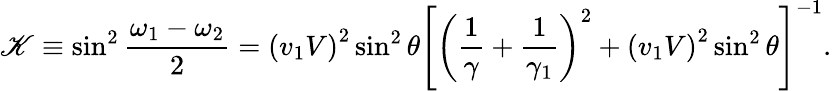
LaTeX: \mathscr{K}\equiv\sin^{2}\frac{{\omega_{1}-\omega_{2}}}{{2}}=\left(v_{1}V\right)^{2}\sin^{2}\theta\left[\left(\frac{{1}}{{\gamma}}+\frac{{1}}{{\gamma_{1}}}\right)^{2}+\left(v_{1}V\right)^{2}\sin^{2}\theta\right]^{-1}.